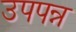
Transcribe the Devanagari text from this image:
उपपन्न